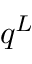
q ^ { L }